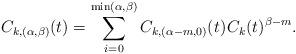
\begin{align*}C_{k,(\alpha,\beta)}(t) = \sum_{i=0}^{\min(\alpha,\beta)} C_{k,(\alpha-m,0)}(t) \kern+1pt C_k(t)^{\beta-m}.\end{align*}